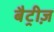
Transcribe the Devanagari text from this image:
बैट्रीज़